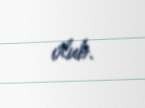
olub.